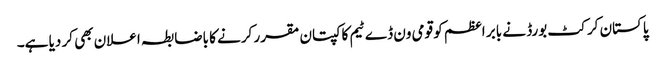
پاکستان کرکٹ بورڈ نے بابر اعظم کو قومی ون ڈے ٹیم کا کپتان مقرر کرنے کا باضابطہ اعلان بھی کر دیا ہے۔